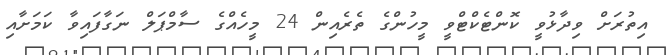
އިތުރަށް ވިދާޅުވީ ކޮންޓެކްޓްވީ މީހުންގެ ތެރެއިން 24 މީހެއްގެ ސާމްޕަލް ނަގާފައިވާ ކަމަށާއި